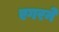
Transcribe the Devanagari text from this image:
एगरने